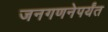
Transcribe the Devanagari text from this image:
जनगणनेपर्यंत